Lunatic asylums Punjab 1868-1880 - 1868-1880
Year: 1868
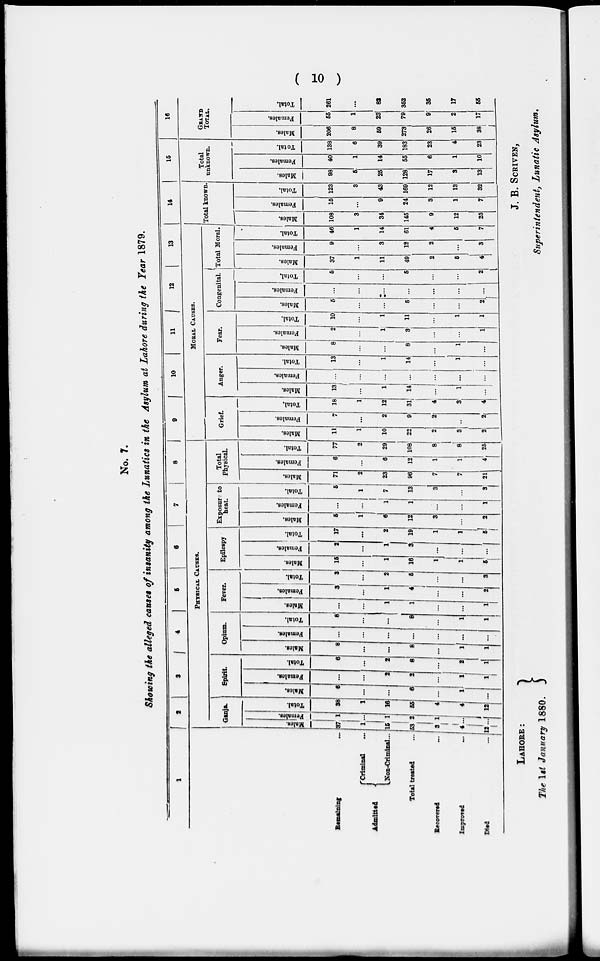
( 10 )
No. 7.
Showing the alleged causes of insanity among the Lunatics in the Asylum at Lahore during the Year 1879.
1
Remaining ...
Admitted
Criminal ...
Non-Criminal...
Total treated ...
Recovered ...
Improved
...
Died ...
2
3
4
5
6
7
8
PHYSICAL CAUSES.
Ganja.
MaleS.
37
1
16
53
3
4
12
Females.
1
...
1
2
1
...
...
Total.
88
1
16
55
4
4
12
Spirit.
Males.
6
...
...
6
...
1
...
Females.
...
...
2
2
...
1
1
Total.
6
...
2
8
...
2
1
Opium.
Males.
8
...
...
8
...
1
1
Females.
...
...
...
...
...
...
...
Total.
8
...
...
8
...
1
...
Fever.
Males.
...
...
1
1
...
...
1
Females.
3
...
1
4
...
...
2
Total.
3
...
2
5
...
...
3
Epilespy
Males.
15
...
1
16
1
1
...
Females.
2
...
1
3
...
...
...
Total.
17
...
2
19
1
1
5
Exposure to
heat.
Males.
5
1
6
12
3
...
2
Females.
...
...
1
1
...
...
1
Total.
6
1
7
13
3
...
3
Total
Physical.
Males.
71
2
23
96
7
7
21
Females.
6
...
6
12
1
1
4
Total.
77
2
29
108
8
8
25
9
10
11
12
13
MORaL CAUSES.
Grief.
Males.
11
1
10
22
2
3
2
Females.
7
...
2
9
2
...
2
Total.
18
1
12
31
4
3
4
Anger.
Males.
13
...
1
14
...
1
...
Females.
...
...
...
...
....
...
...
Total.
13
...
1
14
...
1
...
Fear.
Males.
8
...
...
8
...
1
...
Females.
2
...
1
3
...
...
1
Total.
10
...
1
11
...
1
1
Congenital.
Males.
5
...
...
6
...
...
1
Females.
...
...
:...
...
...
...
...
Total,
6
...
6
...
...
2
Total Moral
Males.
37
1
11
49
2
5
4
Females.
9
...
3
12
2
...
3
Total.
46
1
14
61
4
6
7
14
Total known
Males.
108
3
34
145
9
12
25
Females.
15
...
9
24
3
1
7
Total.
123
3
43
169
12
13
32
15
Total
unknown.
Males.
98
5
25
128
17
3
13
Females.
40
1
14
55
6
1
10
Total.
138
6
39
183
23
4
23
16
GRaND
TOTAL.
Males.
206
8
59
273
26
15
38
Females.
55
1
23
79
9
2
17
Total.
261
...
82
352
35
17
55
LAHORE :
The 1st January 1880.
J. B. SCRIVEN,
Superintendent, Lunatic Asylum,